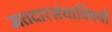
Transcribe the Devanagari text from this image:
मतदारसंघाविषयी